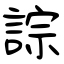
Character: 誴